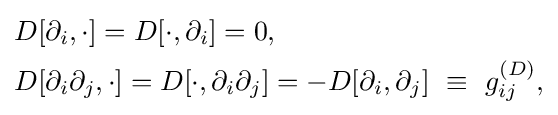
{\begin{aligned}&D[\partial _{i},\cdot ]=D[\cdot ,\partial _{i}]=0,\\&D[\partial _{i}\partial _{j},\cdot ]=D[\cdot ,\partial _{i}\partial _{j}]=-D[\partial _{i},\partial _{j}]\ \equiv \ g_{ij}^{(D)},\end{aligned}}